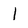
Character: 1